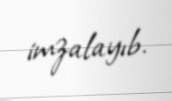
imzalayıb.